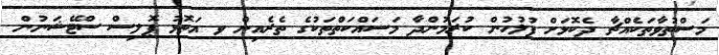
މަސްތުވާތަކެއްޗާ ދެކޮޅަށް ފުލުހުން ކުރަމުންދާ މަސައްކަތްތަކުގެ ތެރެއިން ވ އަތޮޅު ޕޮލިސް ސްޓޭޝަނުން